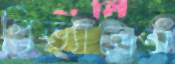
প্রিভ্যালেন্স